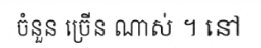
ចំនួន ច្រើន ណាស់ ។ នៅ